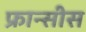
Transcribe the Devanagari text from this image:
फ्रान्सीस